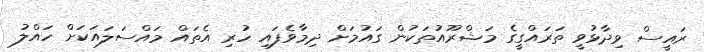
ރައީސް ވިދާޅުވީ ތަރައްގީގެ މަޝްރޫއުތަކުން ގައުމަށް ދިމާވެފައި ހުރި އެތައް މައްސަލައަކަށް ހައްލު